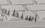
أستطيع